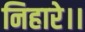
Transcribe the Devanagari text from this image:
निहारे।।